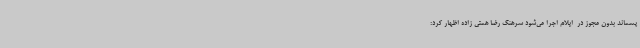
پسماند بدون مجوز در  ایلام اجرا می‌شود سرهنگ رضا همتی زاده اظهار کرد: